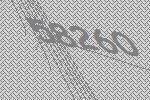
58260